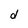
Character: d